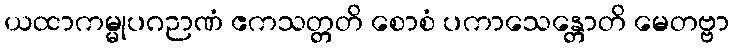
ယထာကမ္မုပဂဉာဏံ ဧကသတ္တတိ စောစံ ပကာသေန္တောတိ မေတဗ္ဗာ